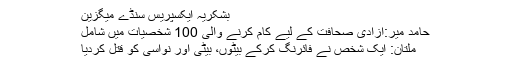
بشکریہ ایکسپریس سنڈے میگزین
حامد میر:آزادی صحافت کے لیے کام کرنے والی 100 شخصیات میں شامل
ملتان: ایک شخص نے فائرنگ کرکے بیٹوں، بیٹی اور نواسی کو قتل کردیا